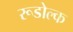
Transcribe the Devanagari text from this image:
रूडोल्क